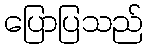
ပြောပြသည်